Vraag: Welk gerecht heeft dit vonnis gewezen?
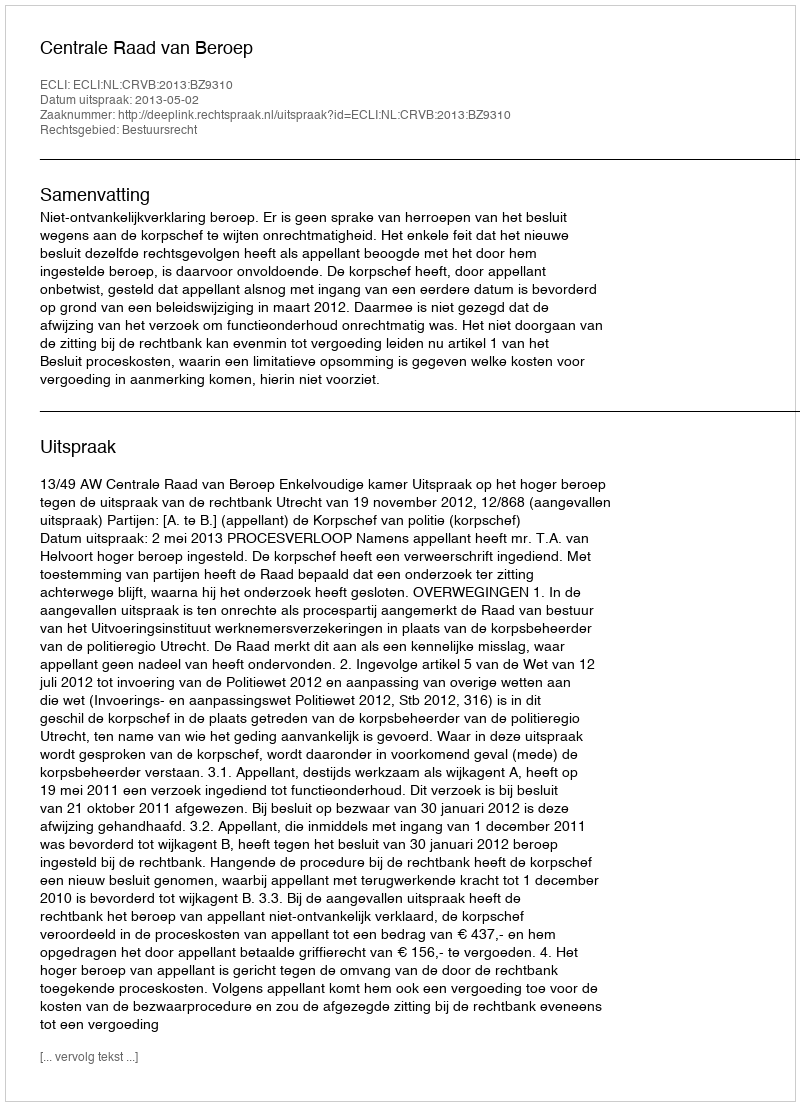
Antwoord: Centrale Raad van Beroep